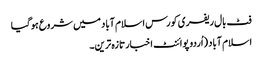
فٹ بال ریفری کورس اسلام آباد میں شروع ہوگیا
اسلام آباد (اُردو پوائنٹ اخبارتازہ ترین۔